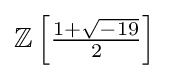
{\textstyle \mathbb {Z} \left[{\frac {1+{\sqrt {-19}}}{2}}\right]}